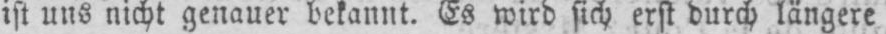
ist uns nicht genauer bekannt. Es wird sich erst durch längere